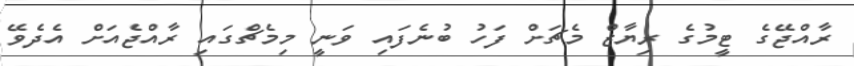
ރާއްޖޭގެ ޓީމުގެ ރިޔާޒް މެޗަށް ފަހު ބުނެފައި ވަނީ މިމެޗްގައި ރާއްޖެއަށް އެދެވޭ